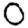
Digit: 0